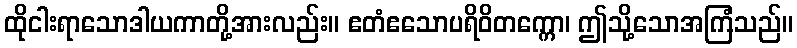
ထိုငါးရာသောဒါယကာတို့အားလည်း။ ဧတံဧသောပရိဝိတက္ကော၊ ဤသို့သောအကြံသည်။